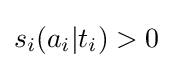
s_{i}(a_{i}|t_{i})>0